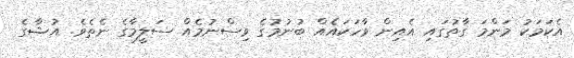
އެކަމަކު މަންމަ ގާތުގައި އެއިން ވާހަކައެއް ބުނުމުގެ ވިސްނުމެއް ސަލީމާގެ ނެތެވެ. އުޝާގެ